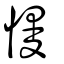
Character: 慢